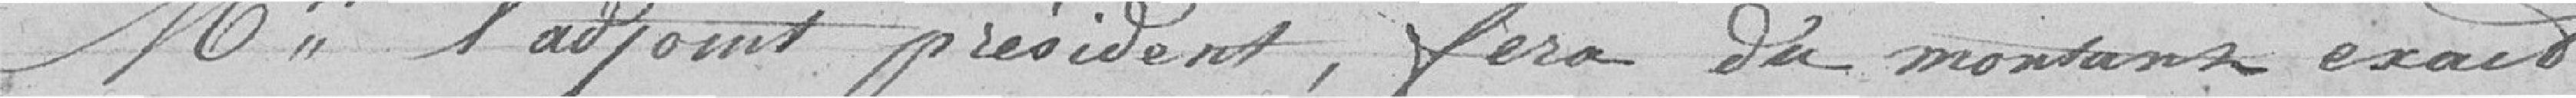
monsieur l'adjoint président, fera du montant exact